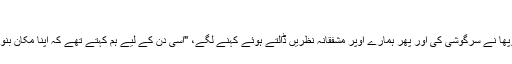
"
پھوپھا نے سرگوشی کی اور پھر ہمارے اوپر مشفقانہ نظریں ڈالتے ہوئے کہنے لگے، "اسی دن کے لیے ہم کہتے تھے کہ اپنا مکان بنوالو۔